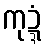
ကုဍ္ဍံ